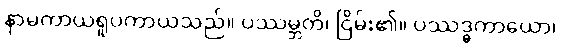
နာမကာယရူပကာယသည်။ ပဿမ္ဘတိ၊ ငြိမ်း၏။ ပဿဒ္ဓကာယော၊